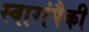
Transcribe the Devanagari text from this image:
स्वारांपैकी